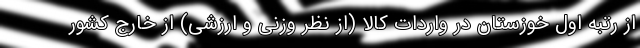
از رتبه اول خوزستان در واردات کالا (از نظر وزنی و ارزشی) از خارج کشور